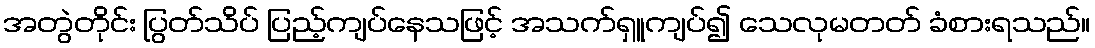
အတွဲတိုင်း ပြွတ်သိပ် ပြည့်ကျပ်နေသဖြင့် အသက်ရှူကျပ်၍ သေလုမတတ် ခံစားရသည်။